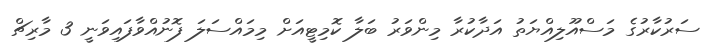
ސަރުކާރުގެ މަސްއޫލިއްޔަތު އަދާކުރާ މިންވަރު ބަލާ ކޮމިޓީއަށް މިމައްސަލަ ފޮނުއްވާފައިވަނީ 3 މާރިޗް